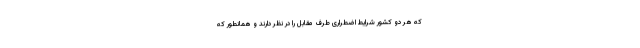
که هر دو کشور شرایط اضطراری‌ طرف مقابل را در نظر دارند و همانطور که